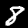
Digit: 8